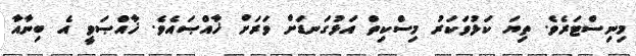
މިނިސްޓަރެވެ. ތިޔަ ކަޅުވަކަރު މިސްކިތް އަޅުގަނޑަށް ވަރަށް ޚާއްޞައެވެ. ޚާއްޞަވީ އެ ބިނާއާ